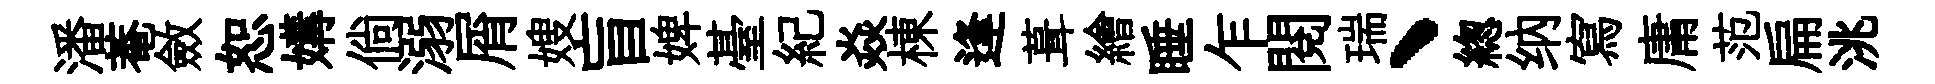
潘菴斂恕媾倘溺屑嫂盲婢䑓紀焱棟逢葺繪睡乍閱瑞、緫纳寫庸范扁洮